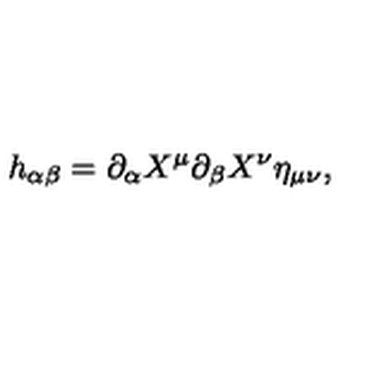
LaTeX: h _ { \alpha \beta } = \partial _ { \alpha } X ^ { \mu } \partial _ { \beta } X ^ { \nu } \eta _ { \mu \nu } ,